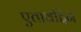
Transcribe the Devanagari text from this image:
एतावद्दिन